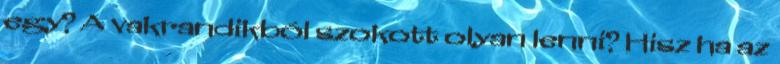
egy? A vakrandikból szokott olyan lenni? Hisz ha az